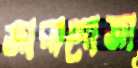
জারাগোজা